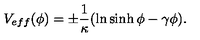
V _ { e f f } ( \phi ) = \pm \frac { 1 } { \kappa } ( \ln \sinh \phi - \gamma \phi ) .